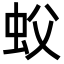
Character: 蚥